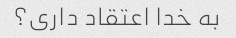
به خدا اعتقاد داری؟